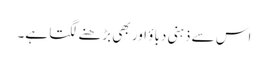
اس سے ذہنی دباؤ اور بھی بڑھنے لگتا ہے۔